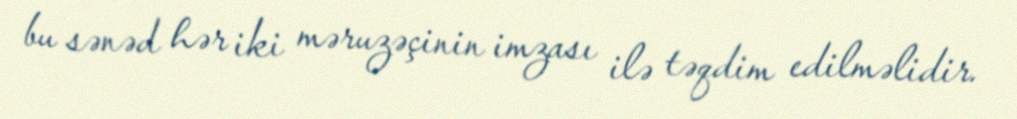
bu sənəd hər iki məruzəçinin imzası ilə təqdim edilməlidir.